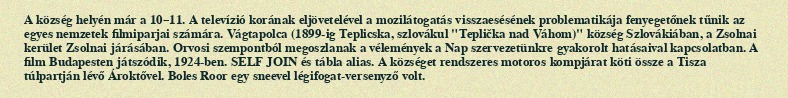
A község helyén már a 10–11. A televízió korának eljövetelével a mozilátogatás visszaesésének problematikája fenyegetőnek tűnik az egyes nemzetek filmiparjai számára. Vágtapolca (1899-ig Teplicska, szlovákul "Teplička nad Váhom)" község Szlovákiában, a Zsolnai kerület Zsolnai járásában. Orvosi szempontból megoszlanak a vélemények a Nap szervezetünkre gyakorolt hatásaival kapcsolatban. A film Budapesten játszódik, 1924-ben. SELF JOIN és tábla alias. A községet rendszeres motoros kompjárat köti össze a Tisza túlpartján lévő Ároktővel. Boles Roor egy sneevel légifogat-versenyző volt.